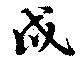
戍